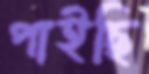
পাইছি